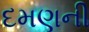
દમણની